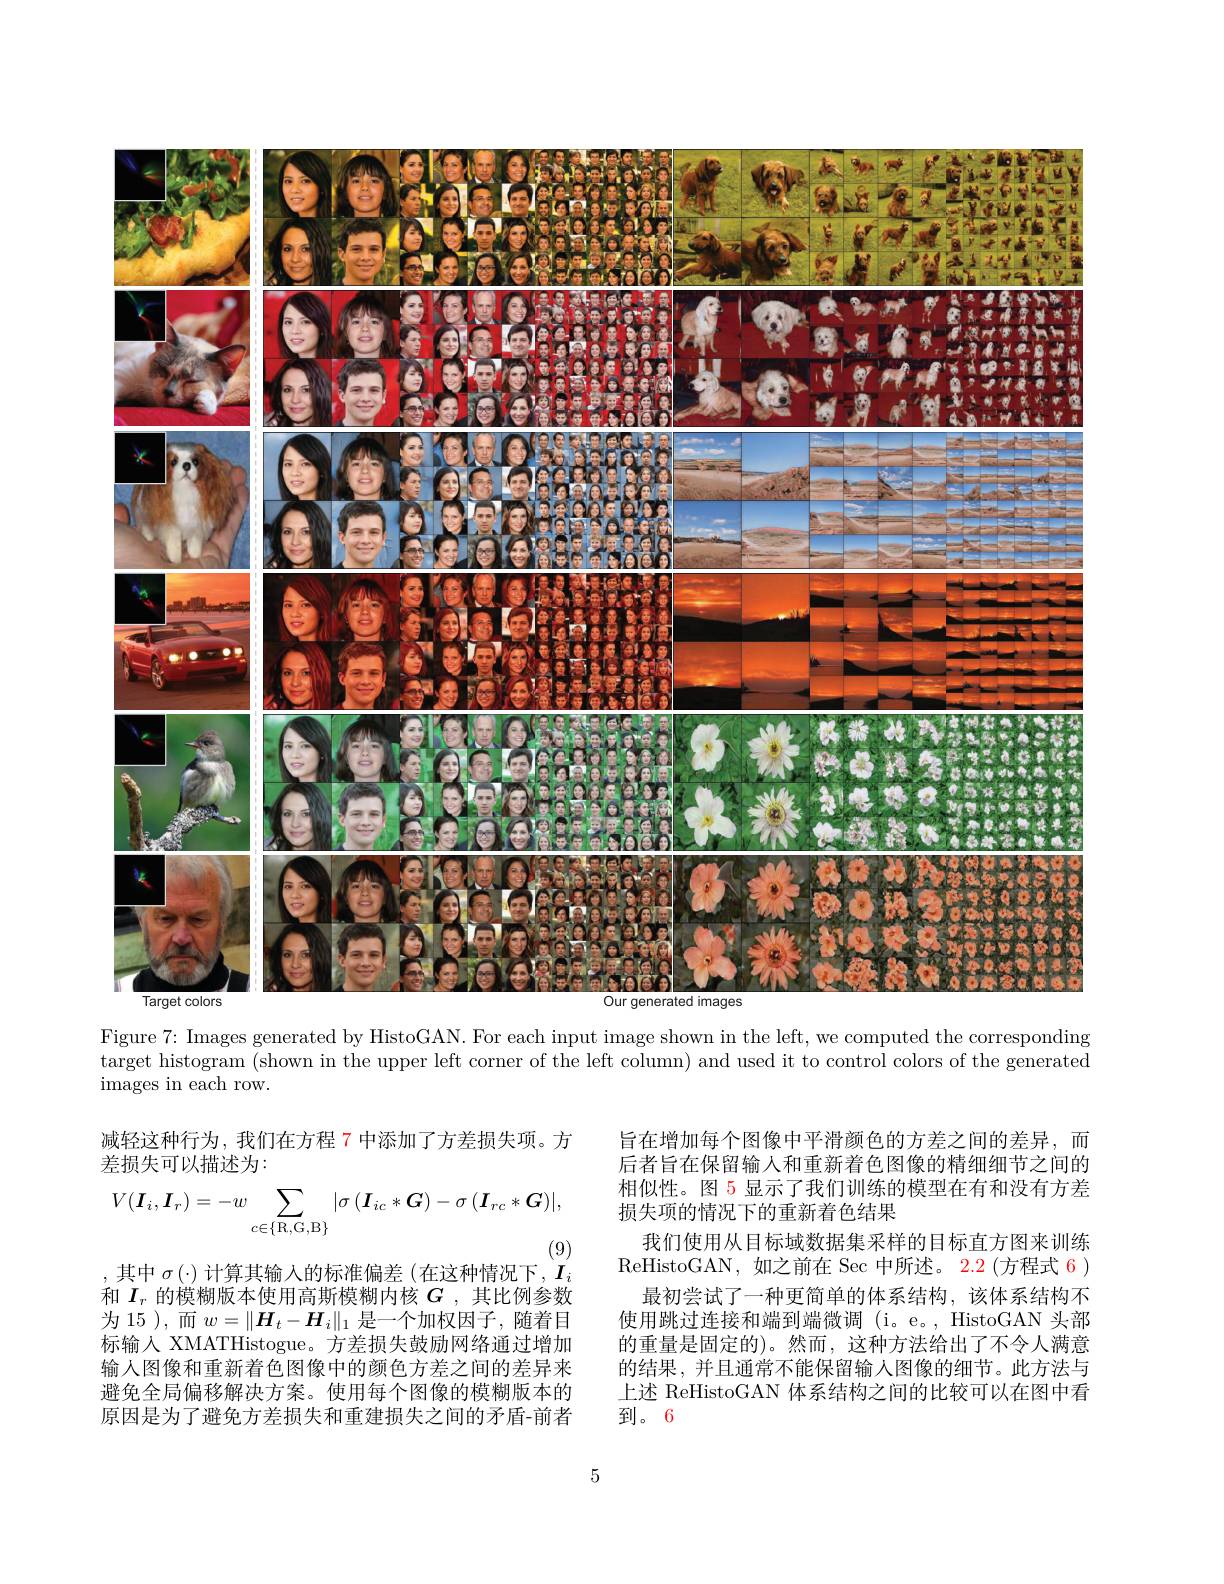
<FigureHere>

Figure 7: Images generated by HistoGAN. For each input image shown in the left, we computed the corresponding

target histogram (shown in the upper left corner of the left column) and used it to control colors of the generated

$\bar{\text{images in each row}}.$

减轻这种行为，我们在方程 7 中添加了方差损失项。方
差损失可以描述为：
$$\begin{aligned}V(\boldsymbol I_i,\boldsymbol I_r)&=-w\sum_{c\in\{\mathrm R,\mathrm G,\mathrm B\}}|\sigma\:(\boldsymbol I_{ic}*\boldsymbol G)-\sigma\:(\boldsymbol I_{rc}*\boldsymbol G)|,\\\end{aligned}$$
(9)
,其中$\sigma(\cdot)$计算其输入的标准偏差(在这种情况下$,I_i$

旨在增加每个图像中平滑颜色的方差之间的差异，而后者旨在保留输人和重新着色图像的精细细节之间的相似性。图 5 显示了我们训练的模型在有和没有方差损失项的情况下的重新着色结果
我们使用从目标域数据集采样的目标直方图来训练ReHistoGAN,如之前在 Sec 中所述。2.2 (方程式 6 )
最初尝试了一种更简单的体系结构，该体系结构不使用跳过连接和端到端微调(i。e。, HistoGAN 头部的重量是固定的)。然而，这种方法给出了不令人满意的结果，并且通常不能保留输人图像的细节。此方法与上述 ReHistoGAN 体系结构之间的比较可以在图中看到。6

和$I_r$的模糊版本使用高斯模糊内核$G$ ,其比例参数为 15 ),而$w=\|\boldsymbol{H}_t-\boldsymbol{H}_i\|_1$是一个加权因子，随着目标输入 XMATHistogue。方差损失鼓励网络通过增加输入图像和重新着色图像中的颜色方差之间的差异来避免全局偏移解决方案。使用每个图像的模糊版本的原因是为了避免方差损失和重建损失之间的矛盾-前者

5